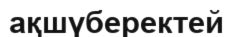
ақшүберектей